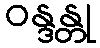
ဝန္ဒန္တု